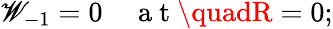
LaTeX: \mathscr{W}_{-1}=0\quad\mathrm{{~a~t~}}\quadR=0;